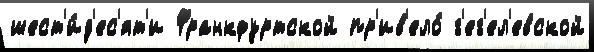
шест'и́д'ес'ят'и Франкфуртской пр'ив'ело́ г'ег'ел'евской